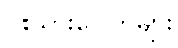
ငါးသားပေါက်များ